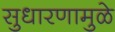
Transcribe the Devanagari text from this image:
सुधारणामुळे